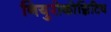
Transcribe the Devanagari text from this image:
नियुरोकोग्निटिव